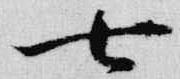
七